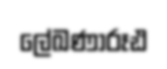
ලේඛණාරූඪ